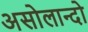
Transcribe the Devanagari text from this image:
असोलान्दो